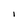
Character: l